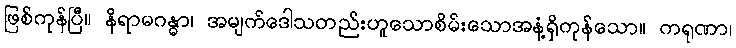
ဖြစ်ကုန်ပြီ။ နိရာမဂန္ဓာ၊ အမျက်ဒေါသတည်းဟူသောစိမ်းသောအနံ့ရှိကုန်သော။ ကရုဏာ၊